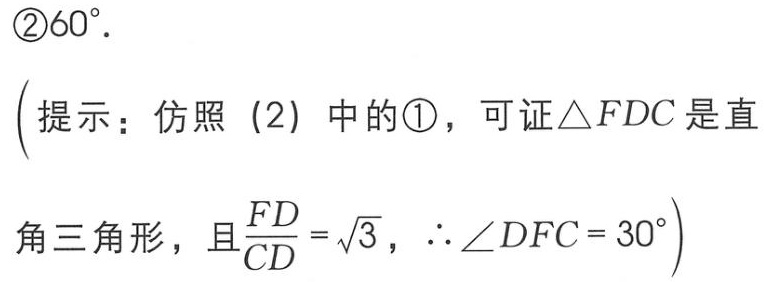
\textcircled{2}$60^{\circ}.$
（提示：仿照（2）中的\textcircled{1}，可证$\triangle FDC$是直
角三角形，且$\dfrac{FD}{CD}=\sqrt{3}$，$\therefore \angle DFC = 30^{\circ}$）